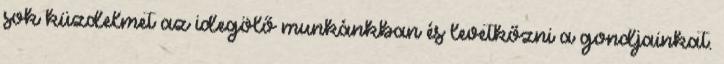
sok küzdelmet az idegölő munkánkban és levetkőzni a gondjainkat.